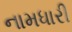
નામધારી